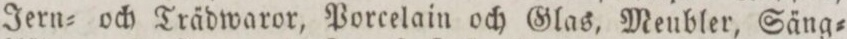
Jern= och Trädwaror, Porcelain och Glas, Meubler, Säng=